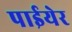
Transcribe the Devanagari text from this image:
पाईयेर